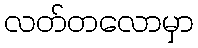
လတ်တလောမှာ